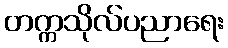
တက္ကသိုလ်ပညာရေး